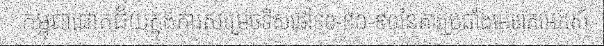
កម្ពុជាជោគជ័យក្នុងការសម្រេចទិសដៅ៩០-៩០-៩០នៃការប្រឆាំងមេរោគអេដស៍